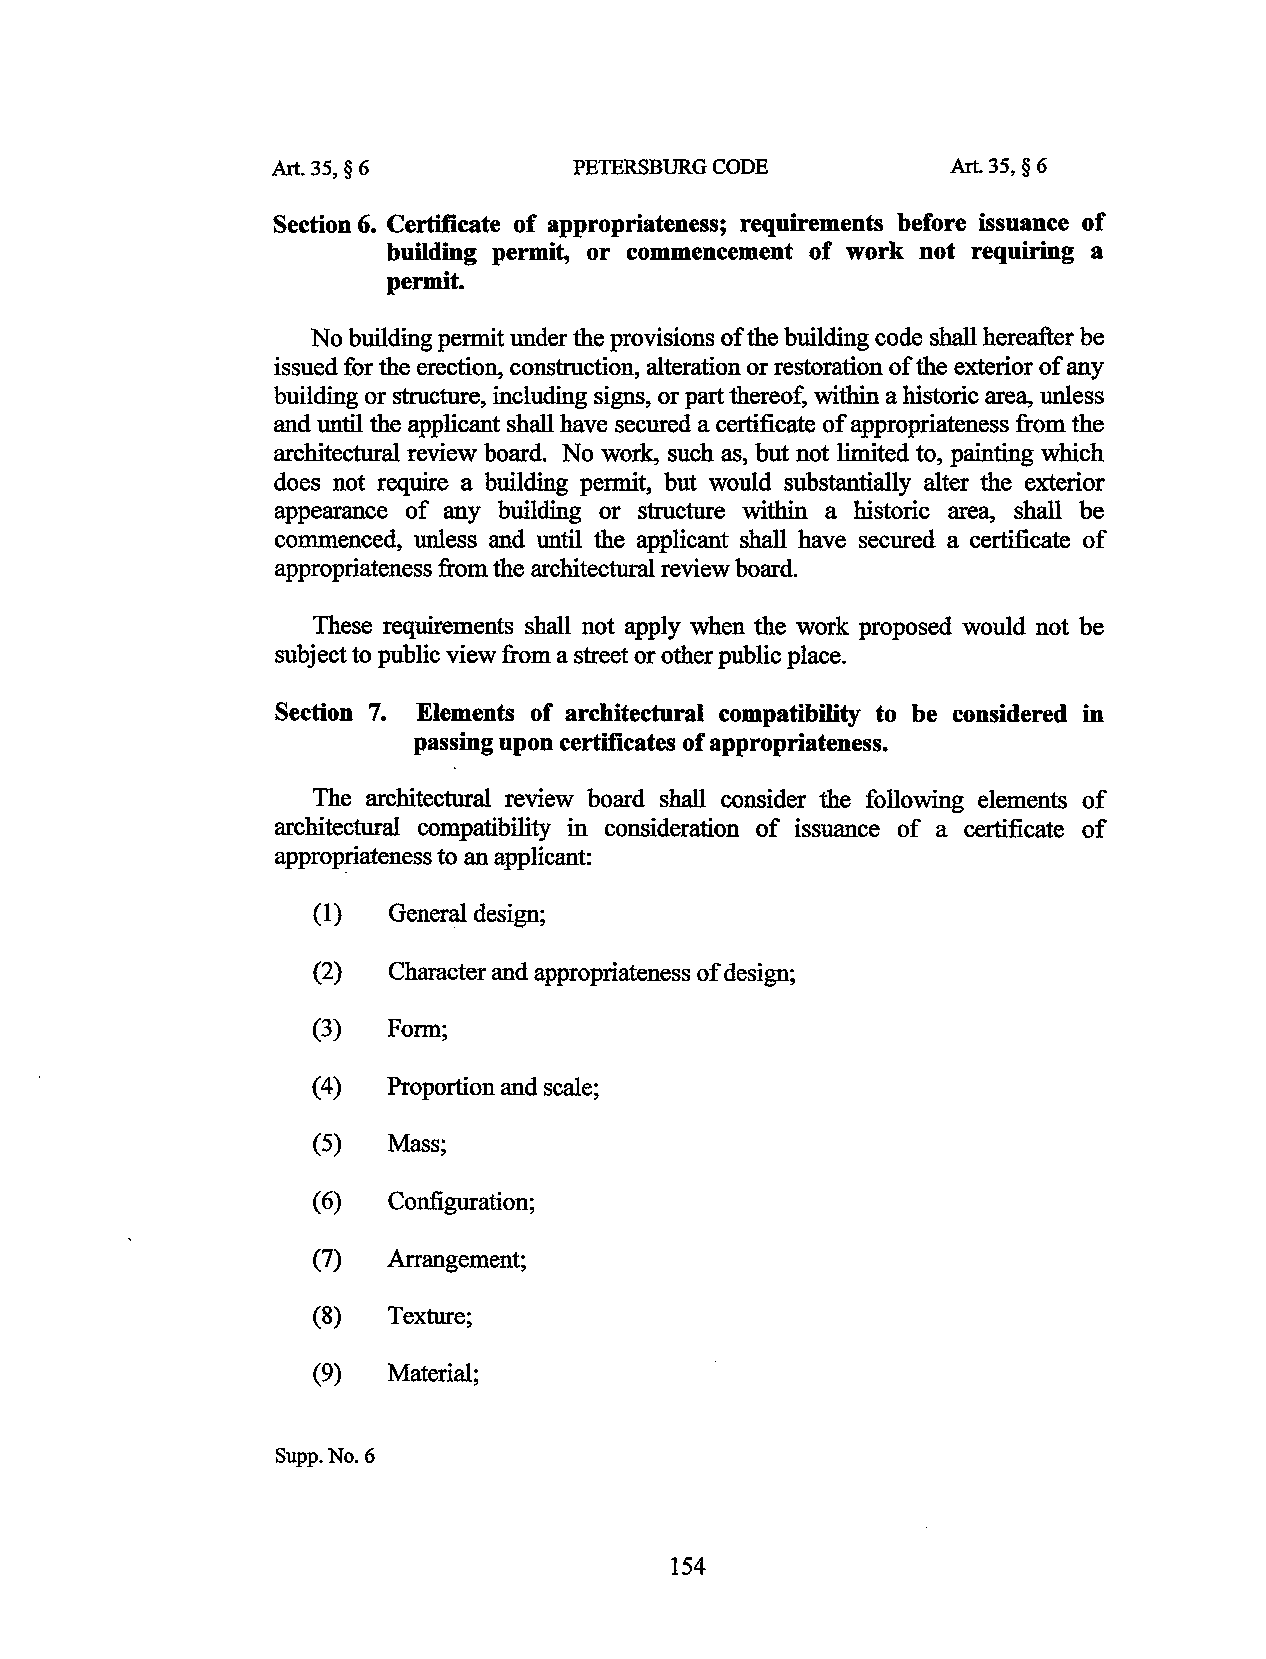
Art. 35, § 6        PETERSBURG CODE          Art. 35, § 6
 Section 6. Certificate of appropriateness; requirements before issuance of
 building permit, or commencement of work not requiring a
 permit.
 No building permit under the provisions of the building code shall hereafter be
 issued for the erectio~ construction, alteration or restoration of the exterior of any
 building or structure, including signs, or part thereof, within a historic area, unless
 and until the applicant shall have secured a certificate of appropriateness from the
 architectural review board. No work, such as, but not limited to, painting which
 does not require a building permit, but would substantially alter the exterior
 appearance of any building or structure within a historic area, shall be
 commenced, unless and until the applicant shall have secured a certificate of
 appropriateness from the architectural review board.
 These requirements shall not apply when the work proposed would not be
 subject to public view from a street or other public place.
 Section 7. Elements of architectural compatibility to be considered in
 passing upon certificates of appropriateness.
 The architectural review board shall consider the following elements of
 architectural compatibility in consideration of issuance of a certificate of
 approp~ateness to an applicant:
 (1)  General design;
 (2)  Character and appropriateness of design;
 (3)  Form;
 (4)  Proportion and scale;
 (5)  Mass;
 (6)  Configuration;
 (7)  Arrangement;
 (8)  Texture;
 (9)  Material;
 Supp. No.6
 154